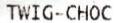
TWIG-CHOC